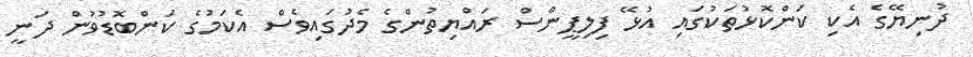
ދުނިޔޭގެ އެކި ކަންކޮޅުތަކުގައި އުޅޭ ފިލިޕީންސް ރައްޔިތުންގެ މެދުގައިވެސް އެކަމުގެ ކަންބޮޑުވުން ދަނީ